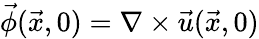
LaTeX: \vec{\phi}(\vec{x},0)=\nabla\times\vec{u}(\vec{x},0)